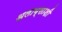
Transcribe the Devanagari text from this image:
अलाय्साशी